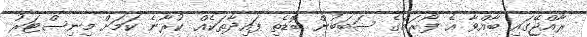
ރާއްޖޭގައި ބާއްވާ އެ ފޯރަމްގެ ސަބަބުން ބޮޑެތި ފައިދާތަކެއް ކުރާނެ ކަމަށް މިނިސްޓަރު